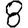
Digit: 8